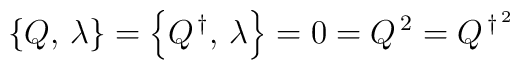
\left \{ Q,\,\lambda \right \}=\left \{ Q^{\,\dagger},\,\lambda \right \} =0 = Q^{\,2} =Q^{\,\dagger^{\,2}}